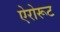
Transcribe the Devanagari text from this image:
ऐरोरूट